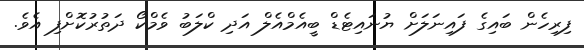
ފިރިހެން ބައިގެ ފައިނަލަށް ޔުނައިޓެޑް ބީއެމްއެލް އަދި ކްލަބު ވެމްކޯ ދަތުރުކޮށްފި އެވެ.